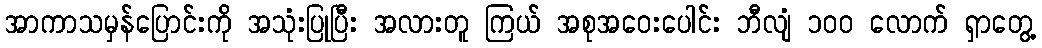
အာကာသမှန်ပြောင်းကို အသုံးပြုပြီး အလားတူ ကြယ် အစုအဝေးပေါင်း ဘီလျံ ၁၀၀ လောက် ရှာတွေ့